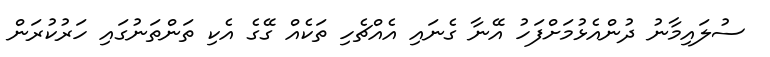
ސުލައިމާނު ދުންއެޅުމަށްފަހު އޭނާ ގެނައި އެއްޗެހި ތަކެއް ގޭގެ އެކި ތަންތަނުގައި ހަރުކުރަން